Civil Veterinary Department. United Provinces 1923-31 - 1923-1931
Year: 1923
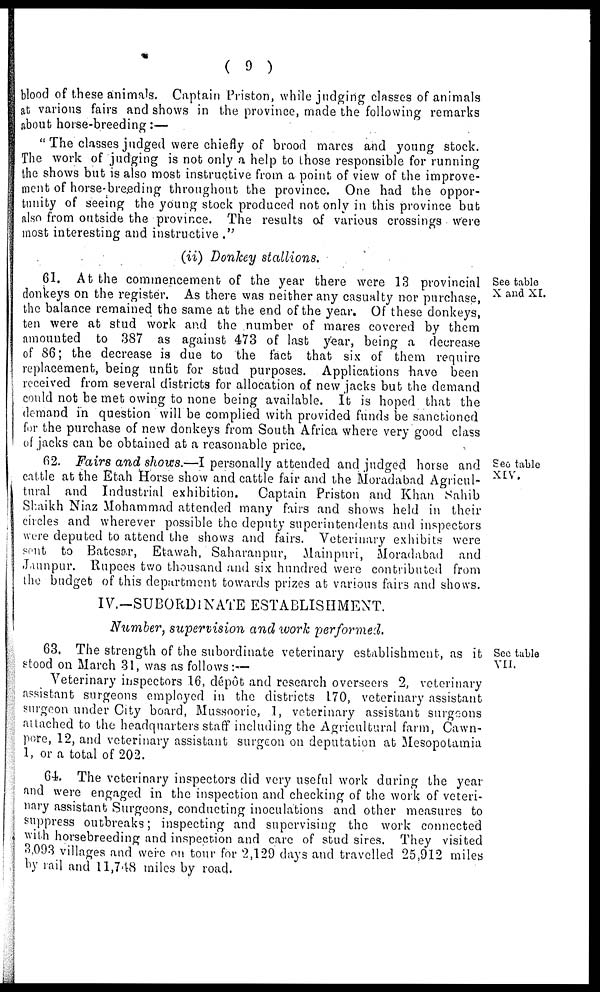
( 9 )
blood of these animals. Captain Priston, while judging classes of animals
at various fairs and shows in the province, made the following remarks
about horse-breeding :—
" The classes judged were chiefly of brood marcs and young stock.
The work of judging is not only a help to those responsible for running
the shows but is also most instructive from a point of view of the improve-
ment of horse-breeding throughout the province. One had the oppor-
tunity of seeing the young stock produced not only in this province but
also from outside the province. The results of various crossings were
most interesting and instructive .""
(ii) Donkey stallions.
See table
X and XI.
61. At the commencement of the year there were 13 provincial
donkeys on the register. As there was neither any casualty nor purchase,
the balance remained the same at the end of the year. Of these donkeys,
ten were at stud work and the number of mares covered by them
amounted to 387 as against 473 of last year, being a decrease
of 86; the decrease is due to the fact that six of them require
replacement, being unfit for stud purposes. Applications have been
received from several districts for allocation o,f new jacks but the demand
could not be met owing to none being available. It is hoped that the
demand in question will be complied with provided funds be sanctioned
for the purchase of new donkeys from South Africa where very good class
of jacks can be obtained at a reasonable price.
See table
XIV.
62. Fairs and shows.—I personally attended and judged horse and
cattle at the Etah Horse show and cattle fair and the Moradabad Agricul-
tural and Industrial exhibition.
Captain Priston and Khan Sahib
Shaikh Niaz Mohammad attended many fairs and shows held in their
circles and wherever possible the deputy superintendents and inspectors
were deputed to attend the shows and fairs. Veterinary exhibits were
sent to Batesar, Etawah, Saharanpur, Mainpuri, Moradabad and
Jaunpur. Rupees two thousand and six hundred were contributed from
the budget of this department towards prizes at various fairs and shows.
IV.—SUBORDlNATE ESTABLISHMENT.
Number, supervision and work performed.
See table
VII.
63. The strength of the subordinate veterinary establishment, as it
stood on March 31, was as follows:—
Veterinary inspectors 16, depot and research overseers 2, veterinary
assistant surgeons employed in the districts 170, veterinary assistant
surgeon under City board, Mussoorie, 1, veterinary assistant surgeons
attached to the headquarters staff including the Agricultural farm, Cawn-
pore, 12, and veterinary assistant surgeon on deputation at Mesopotamia
1, or a total of 202.
64. The veterinary inspectors did very useful work during the year
and were engaged in the inspection and checking of the work of veteri-
nary assistant Surgeons, conducting inoculations and other measures to
suppress outbreaks; inspecting and supervising the work connected
with horsebreeding and inspection and care of stud sires. They visited
3,093 villages and were on tour for 2,129 days and travelled 25,912 miles
by rail and 11,748 miles by road.